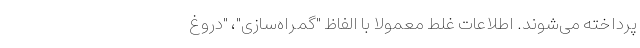
پرداخته می‌شوند. اطلاعات غلط معمولا با الفاظ "گمراه‌سازی"، "دروغ‌